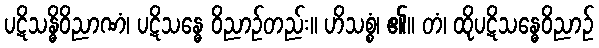
ပဋိသန္ဓိဝိညာဏံ၊ ပဋိသန္ဓေ ဝိညာဉ်တည်း။ ဟိသစ္စံ၊ ၏။ တံ၊ ထိုပဋိသန္ဓေဝိညာဉ်